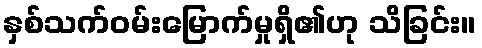
နှစ်သက်ဝမ်းမြောက်မှုရှိ၏ဟု သိခြင်း။